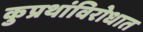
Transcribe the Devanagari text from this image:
कुप्रथांविरोधात